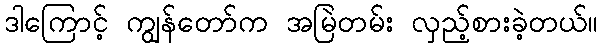
ဒါကြောင့် ကျွန်တော်က အမြဲတမ်း လှည့်စားခဲ့တယ်။